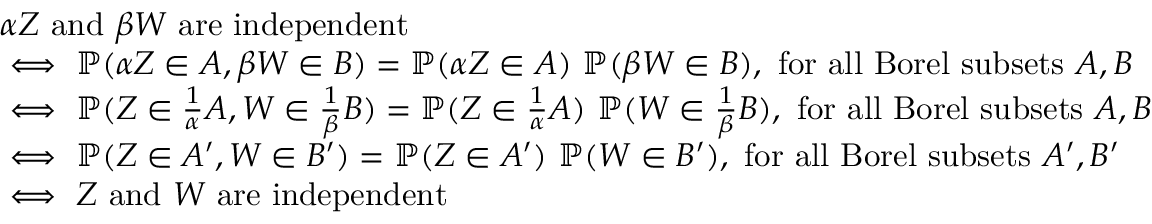
\begin{array} { r l } & { \alpha Z \mathrm { ~ a n d ~ } \beta W \mathrm { ~ a r e ~ i n d e p e n d e n t } } \\ & { \iff \mathbb { P } ( \alpha Z \in A , \beta W \in B ) = \mathbb { P } ( \alpha Z \in A ) \ \mathbb { P } ( \beta W \in B ) , \mathrm { ~ f o r ~ a l l ~ B o r e l ~ s u b s e t s ~ } A , B } \\ & { \iff \mathbb { P } ( Z \in \frac { 1 } { \alpha } A , W \in \frac { 1 } { \beta } B ) = \mathbb { P } ( Z \in \frac { 1 } { \alpha } A ) \ \mathbb { P } ( W \in \frac { 1 } { \beta } B ) , \mathrm { ~ f o r ~ a l l ~ B o r e l ~ s u b s e t s ~ } A , B } \\ & { \iff \mathbb { P } ( Z \in A ^ { \prime } , W \in B ^ { \prime } ) = \mathbb { P } ( Z \in A ^ { \prime } ) \ \mathbb { P } ( W \in B ^ { \prime } ) , \mathrm { ~ f o r ~ a l l ~ B o r e l ~ s u b s e t s ~ } A ^ { \prime } , B ^ { \prime } } \\ & { \iff Z \mathrm { ~ a n d ~ } W \mathrm { ~ a r e ~ i n d e p e n d e n t } } \end{array}